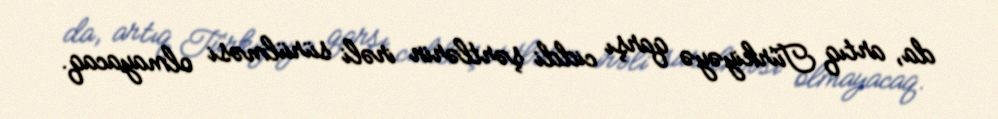
da, artıq Türkiyəyə qarşı ciddi şərtlərin irəli sürülməsi olmayacaq.